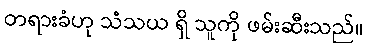
တရားခံဟု သံသယ ရှိ သူကို ဖမ်းဆီးသည်။